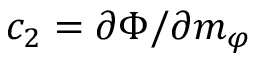
c _ { 2 } = \partial \Phi / \partial m _ { \varphi }